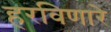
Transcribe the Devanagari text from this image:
हरविणारे